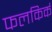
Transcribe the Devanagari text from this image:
फलकिर्क